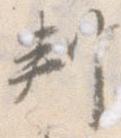
判